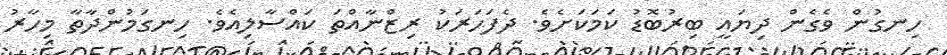
ހިނގުން ވެގެން ދިޔައީ ބިރުބޮޑު ކަމަކަށެވެ. ދެފަހަރަކު ރިޒްނާއްތަ ކައްސާލިއެވެ. ހިނގަމުންދާތާ މިހާރު